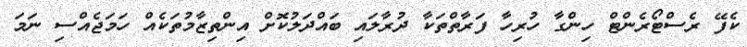
ކެފޭ ރެސްޓޯރެންޓް ހިންގާ ހުރިހާ ފަރާތްތަކާ ދުރާލައި ބައްދަލުކޮށް އިންތިޒާމުތަކެއް ހަމަޖެއްސި ނަމަ